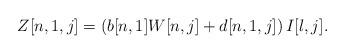
LaTeX: \begin{align*} Z[n,1,j] = \left( b[n,1] W[n,j] + d[n,1,j] \right) I[l,j].\end{align*}